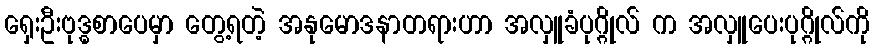
ရှေးဦးဗုဒ္ဓစာပေမှာ တွေ့ရတဲ့ အနုမောဒနာတရားဟာ အလှူခံပုဂ္ဂိုလ် က အလှူပေးပုဂ္ဂိုလ်ကို